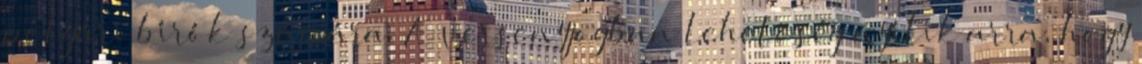
polgári bírók számára. A versenyjogban lehetőség nyílik arra, hogy